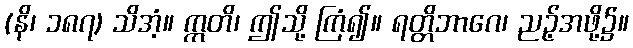
(နိ၊ ၁၈၇) သိအံ့။ ဣတိ၊ ဤသို့ ကြံ၍။ ရတ္တိဘာဂေ၊ ညဉ့်အဖို့၌။